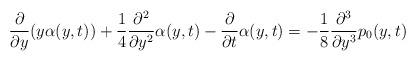
LaTeX: \begin{align*}\frac{\partial}{\partial y}(y\alpha(y,t))+\frac{1}{4}\frac{\partial^{2}}{\partial y^{2}}\alpha(y,t)-\frac{\partial}{\partial t}\alpha(y,t)=-\frac{1}{8}\frac{\partial^{3}}{\partial y^{3}}p_{0}(y,t)\end{align*}